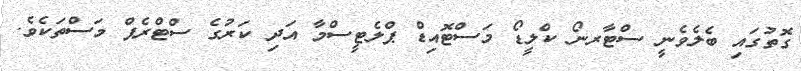
ގޮތުގައި ބެލެވެނީ ސްޓާރނޯ ކްލީޑޯ މަސްޓޮއިޑް ޕްލެޓީސްމާ އަދި ކަރުގެ ސްޓްރެޕް މަސްތަކެވެ.